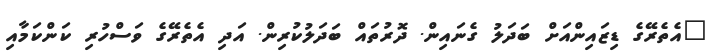
"އެތެރޭގެ ޑިޒައިންއަށް ބަދަލު ގެނައިން. ދޮރުތައް ބަދަލުކުރިން. އަދި އެތެރޭގެ ވަސްހުރި ކަންކަމާއި